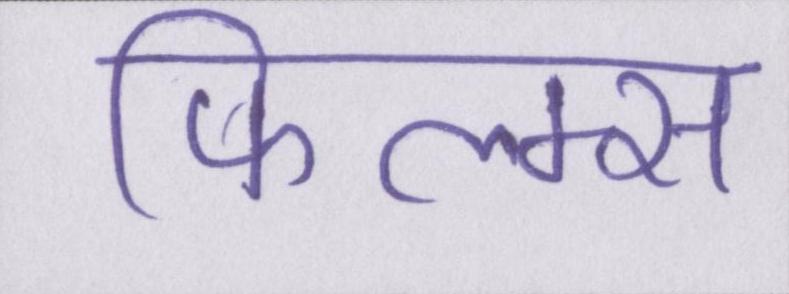
फिल्म्स